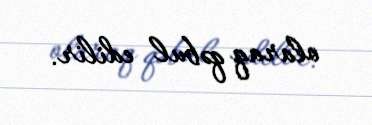
olaraq qəbul edilir.